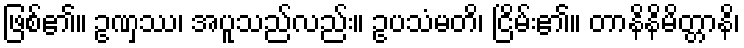
ဖြစ်၏။ ဥဏှဿ၊ အပူသည်လည်း။ ဥပသံမတိ၊ ငြိမ်း၏။ တာနိနိမိတ္တာနိ၊